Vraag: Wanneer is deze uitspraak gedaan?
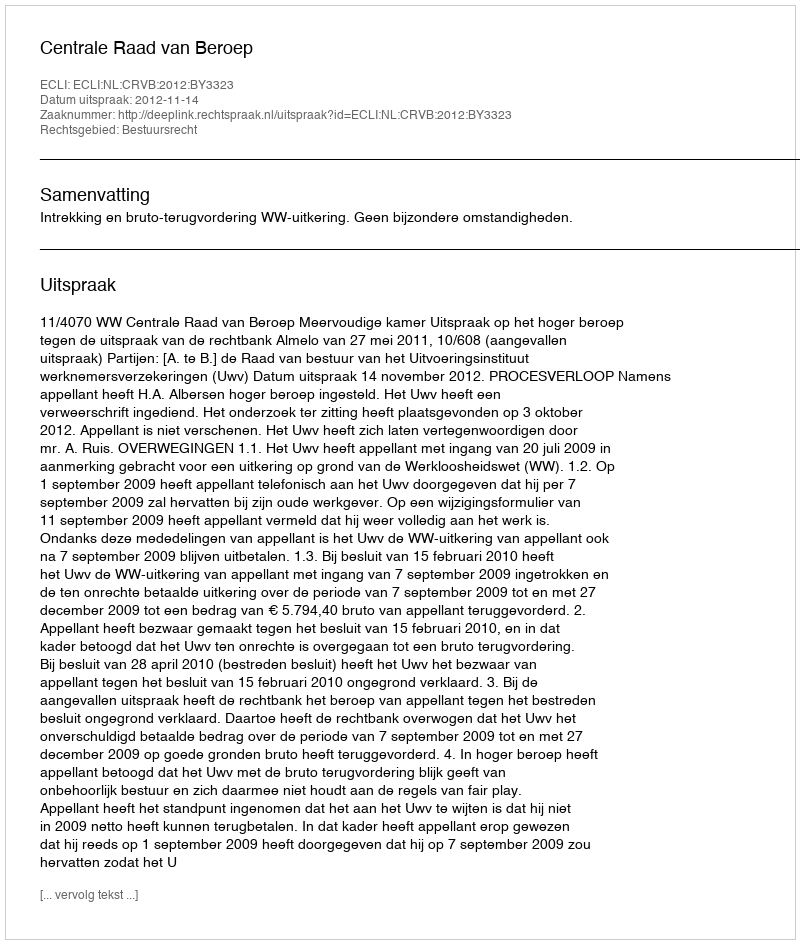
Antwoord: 2012-11-14